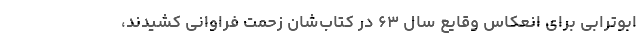
ابوترابی برای انعکاس وقایع سال ۶۳ در کتاب‌شان زحمت فراوانی کشیدند،